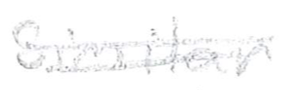
Text: similar
Cross-out: double-line
Writing tool: pencil